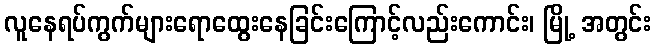
လူနေရပ်ကွက်များရောထွေးနေခြင်းကြောင့်လည်းကောင်း၊ မြို့ အတွင်း